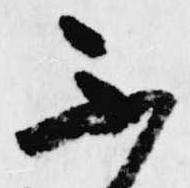
不